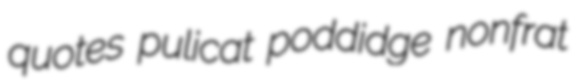
quotes pulicat poddidge nonfrat